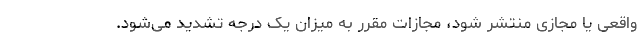
واقعی یا مجازی منتشر شود، مجازات مقرر به میزان یک درجه تشدید می‌شود.